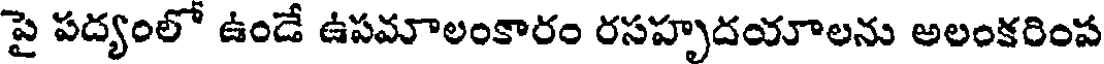
పై పద్యంలో ఉండే ఉపమాలంకారం రసహృదయాలను అలంకరింప